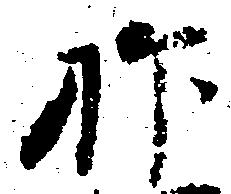
抑